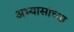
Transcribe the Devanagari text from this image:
अभ्यासांच्या